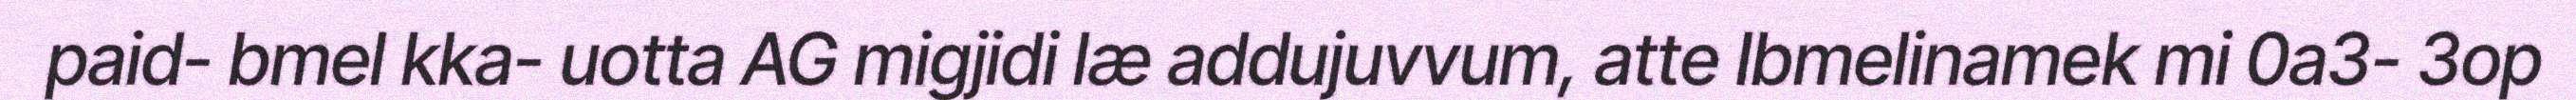
paid- bmel kka- uotta AG migjidi læ addujuvvum, atte Ibmelinamek mi 0a3- 3op